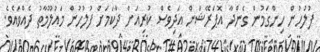
ފުލުހުން ހިންގަމުން ގެންދާ އޮޕަރޭޝަން އަދިވެސް ކުރިއަށް ދާކަމަށް ފުލުހުން މައުލޫމާތު ދެއްވައެވެ.